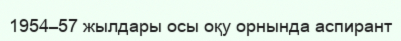
1954–57 жылдары осы оқу орнында аспирант